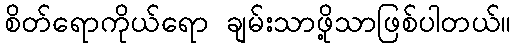
စိတ်ရောကိုယ်ရော ချမ်းသာဖို့သာဖြစ်ပါတယ်။